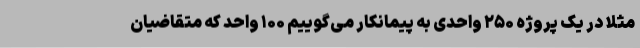
مثلا در یک پروژه ۲۵۰ واحدی به پیمانکار می‌گوییم ۱۰۰ واحد که متقاضیان